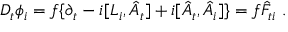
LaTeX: D _ { t } \phi _ { i } = f \{ \partial _ { t } - i [ L _ { i } , \hat { A } _ { t } ] + i [ \hat { A } _ { t } , \hat { A } _ { i } ] \} = f \hat { F } _ { t i } \ .